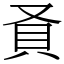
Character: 𬥎